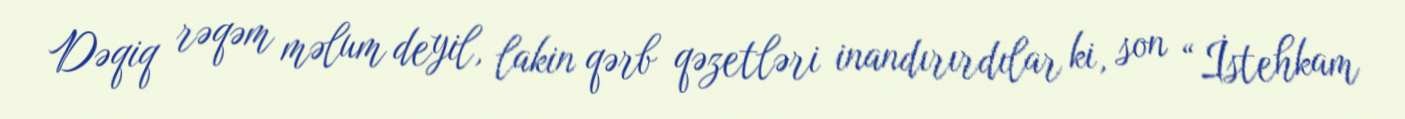
Dəqiq rəqəm məlum deyil, lakin qərb qəzetləri inandırırdılar ki, son “İstehkam